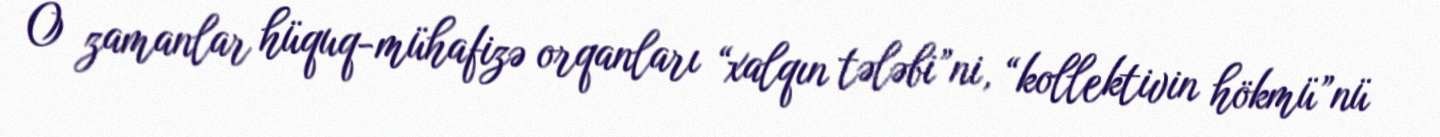
O zamanlar hüquq-mühafizə orqanları “xalqın tələbi”ni, “kollektivin hökmü”nü